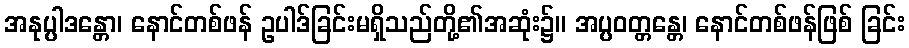
အနုပ္ပါဒန္တော၊ နောင်တစ်ဖန် ဥပါဒ်ခြင်းမရှိသည်တို့၏အဆုံး၌။ အပ္ပဝတ္တန္တေ၊ နောင်တစ်ဖန်ဖြစ် ခြင်း